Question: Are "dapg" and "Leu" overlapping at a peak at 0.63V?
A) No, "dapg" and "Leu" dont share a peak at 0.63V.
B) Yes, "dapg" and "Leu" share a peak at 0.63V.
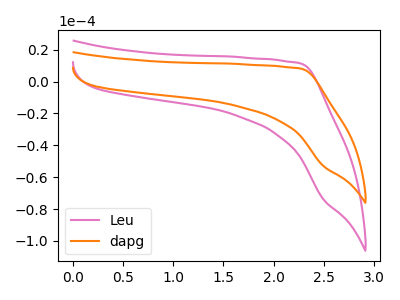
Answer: <think>The pink curve "Leu" has no peaks. The orange curve "dapg" has no peaks.</think>
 <answer>A) No, "dapg" and "Leu" dont share a peak at 0.63V.</answer>
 <eval>A</eval>